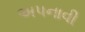
અપનાવી